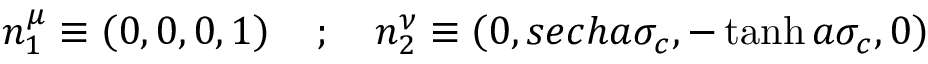
n _ { 1 } ^ { \mu } \equiv \left( 0 , 0 , 0 , 1 \right) \quad ; \quad n _ { 2 } ^ { \nu } \equiv \left( 0 , s e c h a \sigma _ { c } , - \operatorname { t a n h } a \sigma _ { c } , 0 \right)